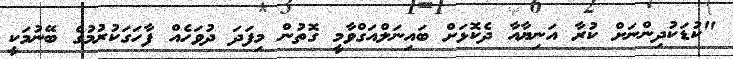
"ކުޑަކުދިންނަށް ކުރާ އަނިޔާއާ ދެކޮޅަށް ބައިނަލްއަގްވާމީ ގޮތުން މިފަދަ ދުވަހެއް ފާހަގަކުރުމުގެ ބޭނުމަކީ